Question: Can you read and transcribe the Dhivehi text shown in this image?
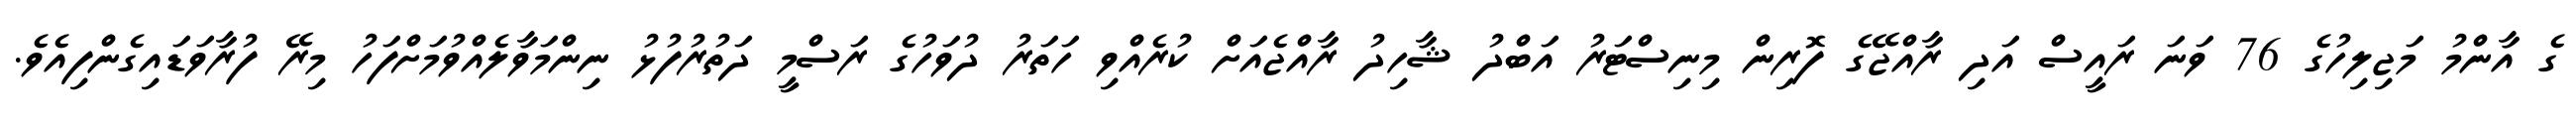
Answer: ގެ އާންމު މަޖިލިހުގެ 76 ވަނަ ރައީސް އަދި ރާއްޖޭގެ ފޮރިން މިނިސްޓަރު އަބްދު ޝާހިދު ރާއްޖެއަށް ކުރެއްވި ހަތަރު ދުވަހުގެ ރަސްމީ ދަތުރުފުޅު ނިންމަވާލެއްވުމަށްފަހު މިރޭ ފުރާވަޑައިގެންފިއެވެ.